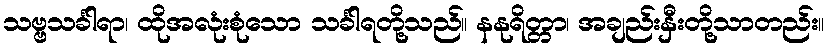
သဗ္ဗသင်္ခါရာ၊ ထိုအလုံးစုံသော သင်္ခါရတို့သည်။ နနုရိတ္တာ၊ အချည်းနှီးတို့သာတည်း။